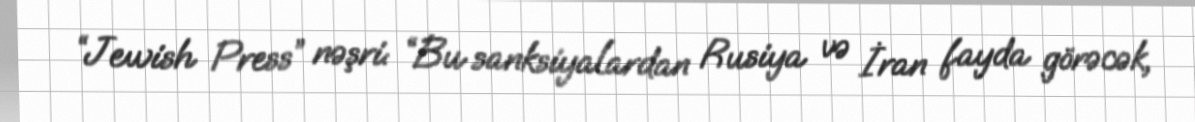
“Jewish Press” nəşri: “Bu sanksiyalardan Rusiya və İran fayda görəcək,